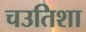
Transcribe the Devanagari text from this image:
चउतिशा